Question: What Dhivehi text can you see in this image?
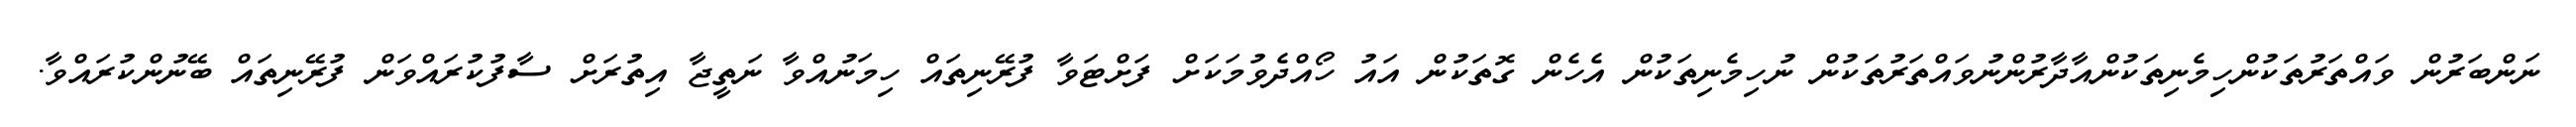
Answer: ނަންބަރުން ވައްތަރުތަކުންހިމެނިތަކުންއާދާރުންނުވައްތަރުތަކުން ނުހިމެނިތަކުން އެހެން ގޮތަކުން އައު ހޯއްދެވުމަކަށް ފަށްޓަވާ ފުރޭނިތައް ހިމަނުއްވާ ނަތީޖާ އިތުރަށް ސާފުކުރައްވަން ފުރޭނިތައް ބޭނުންކުރައްވާ.